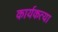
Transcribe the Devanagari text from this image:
कार्यकत्या